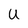
Character: U